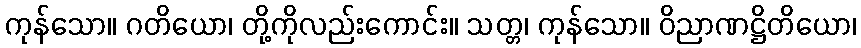
ကုန်သော။ ဂတိယော၊ တို့ကိုလည်းကောင်း။ သတ္တ၊ ကုန်သော။ ဝိညာဏဋ္ဌိတိယော၊